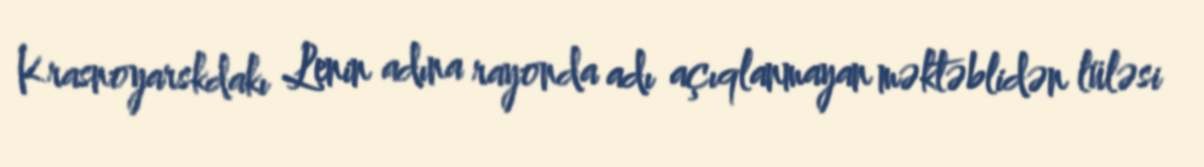
Krasnoyarskdakı Lenin adına rayonda adı açıqlanmayan məktəblidən lüləsi